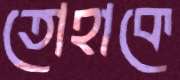
তোহাকে